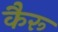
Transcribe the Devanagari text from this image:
कैरू